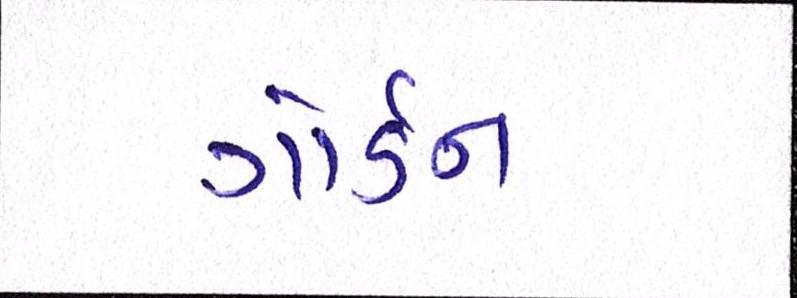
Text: ગોર્ડન